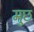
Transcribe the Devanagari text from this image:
मुछ